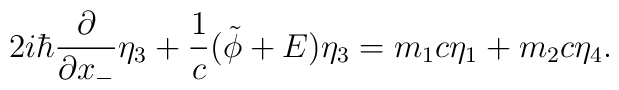
2i {\hbar} \frac{\partial}{\partial x_{-}} {\eta}_3 + \frac{1}{c} ( \tilde{\phi} +E) {\eta}_3= m_1 c {\eta}_1 + m_2 c {\eta}_4.